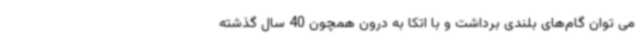
می توان گام‌های بلندی برداشت و با اتکا به درون همچون 40 سال گذشته